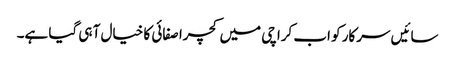
سائیں سرکار کو اب کراچی میں کچرا صفائی کا خیال آ ہی گیا ہے۔